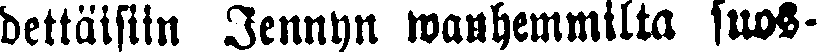
dettäisiin Jennyn wanhemmilta suos-